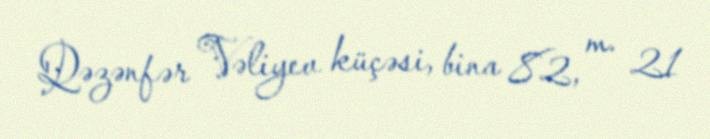
Qəzənfər Vəliyev küçəsi, bina 82, m. 21